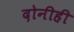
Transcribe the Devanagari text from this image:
दोनीही